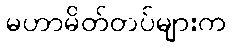
မဟာမိတ်တပ်များက